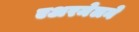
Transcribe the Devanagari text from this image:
एअरमेलने